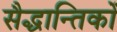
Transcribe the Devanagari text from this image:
सैद्धान्तिकों